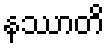
နဿာတိ